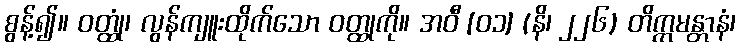
စွန့်၍။ ဝတ္ထုံ၊ လွန်ကျူးထိုက်သော ဝတ္ထုကို။ အဝီ [၀၁] (နိ၊ ၂၂၆) တိက္ကမန္တာနံ၊